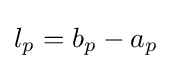
l_{p}=b_{p}-a_{p}